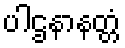
ပါဌနာနတ္တံ